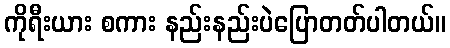
ကိုရီးယား စကား နည်းနည်းပဲပြောတတ်ပါတယ်။